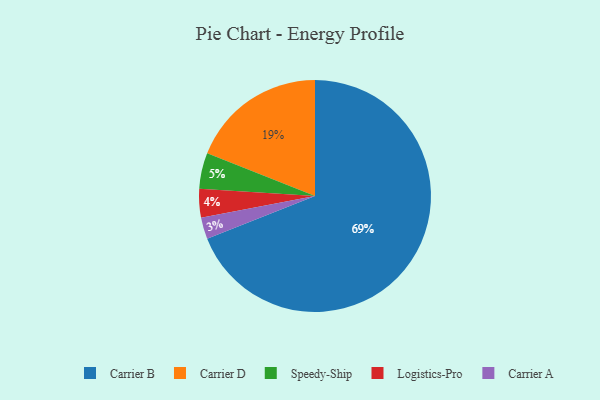
{"axis": {"x": "Category", "y": "Percentage"}, "legend": ["Carrier A", "Carrier B", "Carrier D", "Logistics-Pro", "Speedy-Ship"], "data": [{"x": "Carrier B", "y": 69, "type": "Carrier B"}, {"x": "Speedy-Ship", "y": 5, "type": "Speedy-Ship"}, {"x": "Logistics-Pro", "y": 4, "type": "Logistics-Pro"}, {"x": "Carrier D", "y": 19, "type": "Carrier D"}, {"x": "Carrier A", "y": 3, "type": "Carrier A"}]}